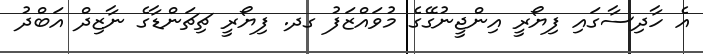
އެ ހާދިސާގައި ފިޔޯރީ އިންޖީނުގޭގެ މުވައްޒަފު ގދ. ފިޔޯރީ ޗިޗަންޑާގެ ނާޒިދް އަބްދު